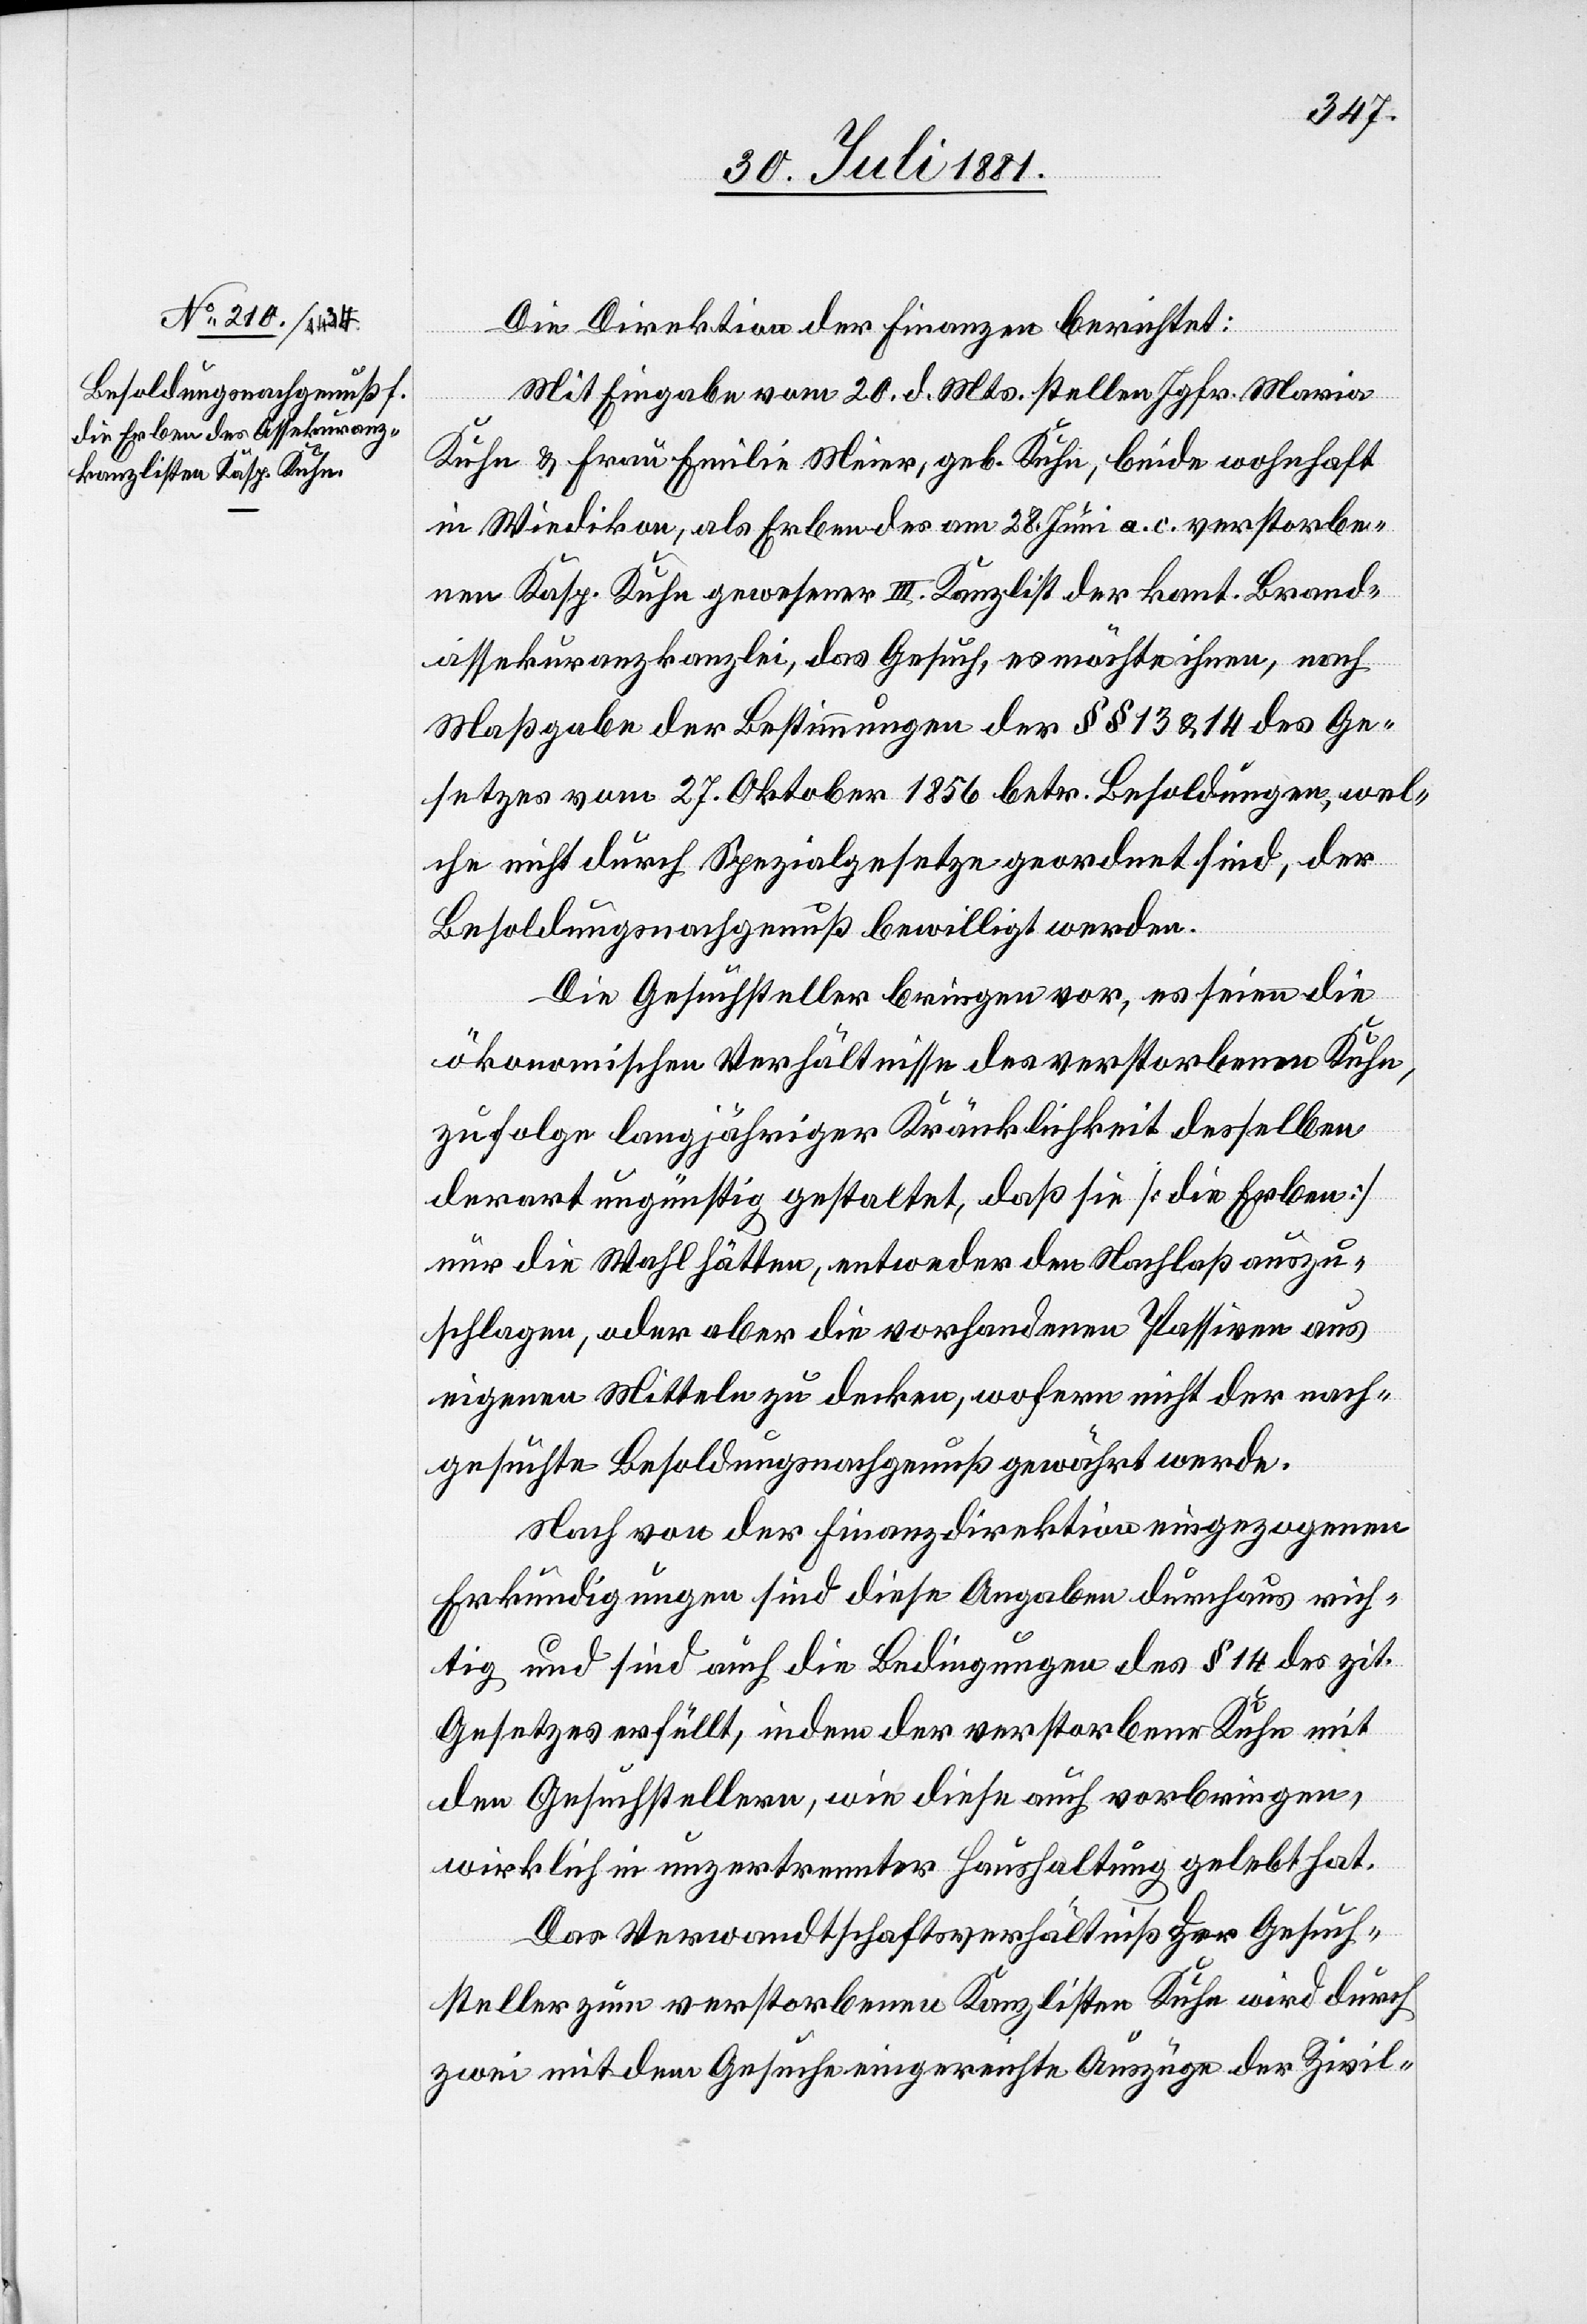
Die Direktion der Finanzen berichtet:
Mit Eingabe vom 20. d. Mts. stellen Jgfr. Maria
Kuhn & Frau Emilia Meier, geb. Kuhn, beide wohnhaft
in Wiedikon, als Erben des am 28. Juni a. c. verstorbe¬
nen Kasp. Kuhn gewesener III. Kanzlist der kant. Brand¬
assekuranzkanzlei, das Gesuch, es möchte ihnen, nach
Maßgabe der Bestimmungen der §§ 13 & 14 des Ge¬
setzes vom 27. Oktober 1856 betr. Besoldungen, wel¬
che nicht durch Spezialgesetze geordnet sind, der
Besoldungsnachgenuß bewilligt werden.
Die Gesuchsteller bringen vor, es seien die
ökonomischen Verhältnisse des verstorbenen Kuhn,
zufolge langjähriger Kränklichkeit desselben
derart ungünstig gestaltet, daß sie [die Erben]
nur die Wahl hätten, entweder den Nachlaß auszu¬
schlagen, oder aber die vorhandenen Passiven aus
eigenen Mitteln zu decken, wofern nicht der nach¬
gesuchte Besoldungsnachgenuß gewährt werde.
Nach von der Finanzdirektion eingezogenen
Erkundungen sind diese Angaben durchaus rich¬
tig und sind auch die Bedingungen des § 14 des zit.
Gesetzes erfüllt, indem der verstorbene Kuhn mit
den Gesuchstellern, wie diese auch vorbringen,
wirklich in unzertrennter Haushaltung gelebt hat.
Das Verwandtschaftsverhältniß der Gesuch¬
steller zum verstorbenen Kanzlisten Kuhn wird durch
zwei mit dem Gesuche eingereichte Auszüge der Zivil-